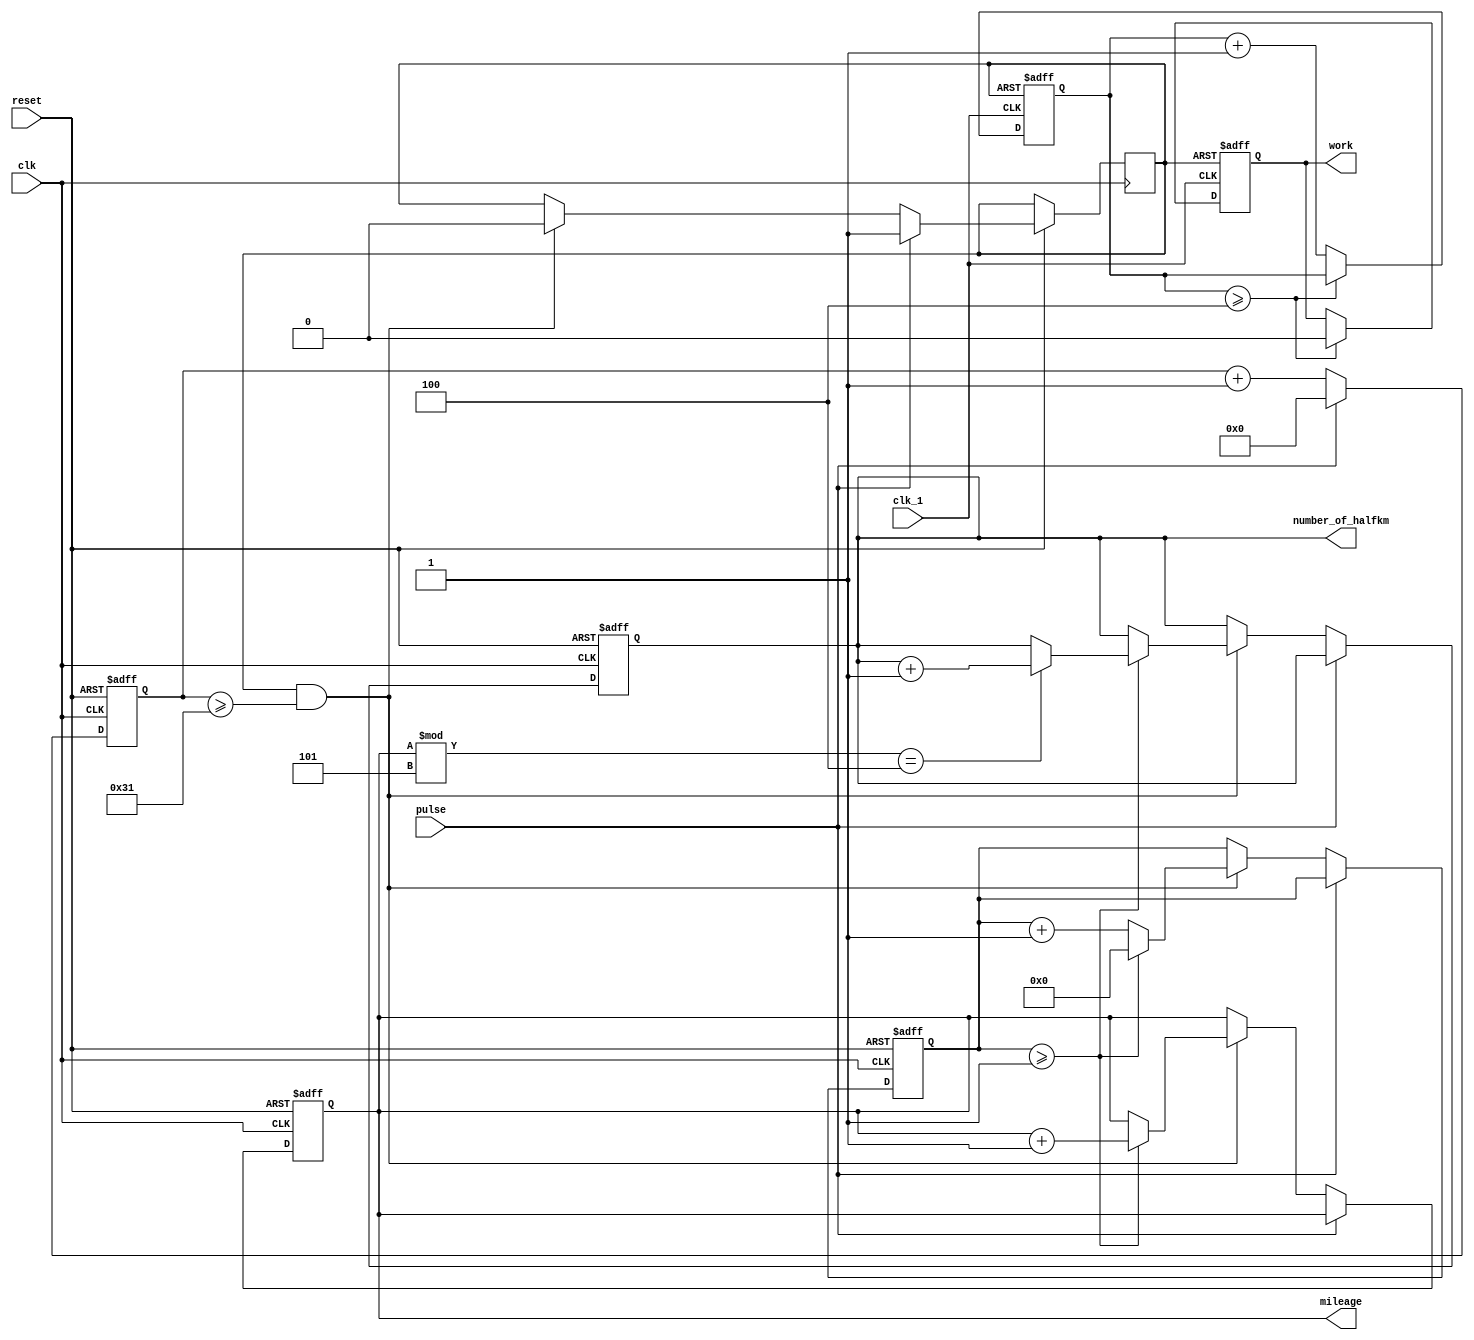
module round_counter_module (number_of_halfkm, reset, work, pulse, mileage, clk, clk_1);

input pulse, reset, clk, clk_1;

output work;
reg 	 work;
output [11:0] mileage, number_of_halfkm;
reg    [11:0] mileage, number_of_halfkm;

reg [7:0]  ib;
reg [11:0] sample;
reg flag;

always @ (posedge clk, negedge reset)
begin
	if(!reset)
	begin
		ib <= 0;
		mileage <= 0;
		sample <= 0;
		number_of_halfkm <= 0;
	end
	else
	begin
		if(pulse == 0)	
		begin
			sample <= sample +1;
			if (flag == 1 && sample >= 49) 
			begin				
				//if (ib >= 49)
				if (ib >= 1)
				begin
					mileage <= mileage +1;
					if(mileage % 5 == 4) 
						number_of_halfkm <= number_of_halfkm +1;
						
					ib <= 0;
				end
				else ib <= ib +1;
				
				flag <= 0; //flag = 0 means that this is a real pulse and stop sampling
			end
		end
		else 
		begin
			sample <= 0;
			flag <= 1;     //flag = 1 means that the pulse has come to 0 and ready to start another pulse checking
		end
	end
end

reg [11:0] count;

always @ (posedge clk_1, negedge flag)  
//negedge flag means to stop timing immediately to prevent overvaluing the wait_time
begin
		if(flag == 0)
		begin
			work <= 1;
			count <= 0;
		end
		else
		begin
			if (count >= 4)	work <= 0;
			else	count <= count +1;
		end
end 

endmodule